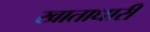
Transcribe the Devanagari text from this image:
खाताधारी